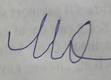
Signature authenticity: forged